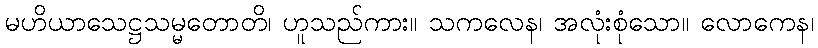
မဟိယာသေဋ္ဌသမ္မတောတိ၊ ဟူသည်ကား။ သကလေန၊ အလုံးစုံသော။ လောကေန၊